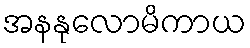
အနနုလောမိကာယ